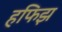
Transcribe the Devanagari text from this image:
हफिझ